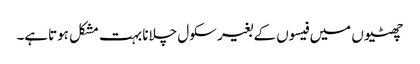
چھٹیوں میں فیسوں کے بغیر سکول چلانا بہت مشکل ہوتاہے۔